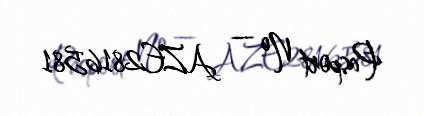
Pasport № — AZE2816581